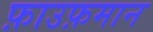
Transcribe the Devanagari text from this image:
फ़ाउफ़मान